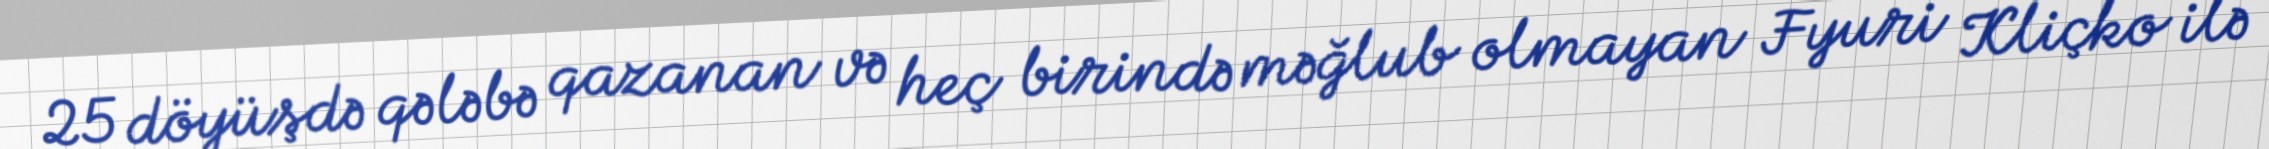
25 döyüşdə qələbə qazanan və heç birində məğlub olmayan Fyuri Kliçko ilə